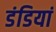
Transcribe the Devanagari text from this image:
डंडियां